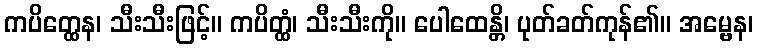
ကပိတ္ထေန၊ သီးသီးဖြင့်။ ကပိတ္ထံ၊ သီးသီးကို။ ပေါထေန္တိ၊ ပုတ်ခတ်ကုန်၏။ အမ္ဗေန၊